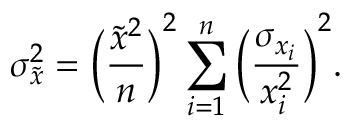
\sigma _ { \tilde { x } } ^ { 2 } = \bigg ( \frac { \tilde { x } ^ { 2 } } { n } \bigg ) ^ { 2 } \sum _ { i = 1 } ^ { n } \bigg ( \frac { \sigma _ { x _ { i } } } { x _ { i } ^ { 2 } } \bigg ) ^ { 2 } .